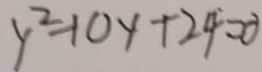
y ^ { 2 } - 1 0 y + 2 4 = 0